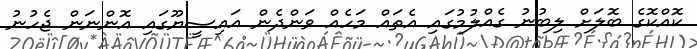
ކޮއްކޮގެ ބޮލަށް ލިބުނު ގެއްލުމުގައި އެތައް މަހެއް ވަންދެން އައިސީޔޫގައި އޮންނަން ޖެހުނު